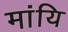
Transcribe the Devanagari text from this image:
मांयि